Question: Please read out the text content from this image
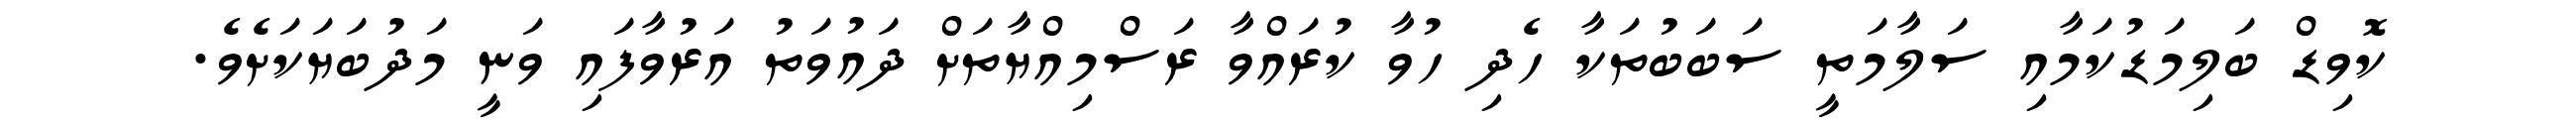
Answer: ކޮވިޑް ބަލިމަޑުކަމާއި ސަލާމަތީ ސަބަބުތަކާ ހެދި ހުވާ ކުރައްވާ ރަސްމިއްޔާތަށް ދައުވަތު އަރުވާފައި ވަނީ މަދުބަޔަކަށެވެ.